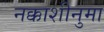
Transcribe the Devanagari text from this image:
नक्काशीनुमा